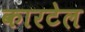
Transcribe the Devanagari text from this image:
कारटेल